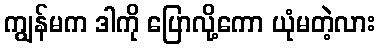
ကျွန်မက ဒါကို ပြောလို့ကော ယုံမတဲ့လား